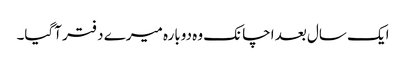
ایک سال بعد اچانک وہ دوبارہ میرے دفتر آگیا۔